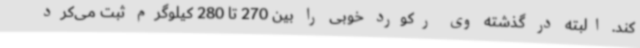
کند. البته در گذشته وی رکورد خوبی را بین 270 تا 280 کیلوگرم ثبت می‌کرد